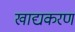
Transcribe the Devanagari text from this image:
खाद्यकरण